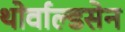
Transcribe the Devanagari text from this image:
थोर्वाल्डसेन